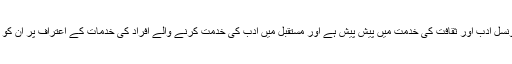
توقیر ناصر نے کہا کہ الحمراء آرٹس کونسل ادب اور ثقافت کی خدمت میں پیش پیش ہے اور مستقبل میں ادب کی خدمت کرنے والے افراد کی خدمات کے اعتراف پر ان کو ایوارڈ دینے کا اجراء بھی کیا جائے گا ۔